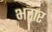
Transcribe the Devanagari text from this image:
भटार